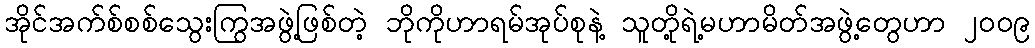
အိုင်အက်စ်စစ်သွေးကြွအဖွဲ့ဖြစ်တဲ့ ဘိုကိုဟာရမ်အုပ်စုနဲ့ သူတို့ရဲ့မဟာမိတ်အဖွဲ့တွေဟာ ၂၀၀၉